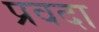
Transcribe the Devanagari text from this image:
प्रवदा